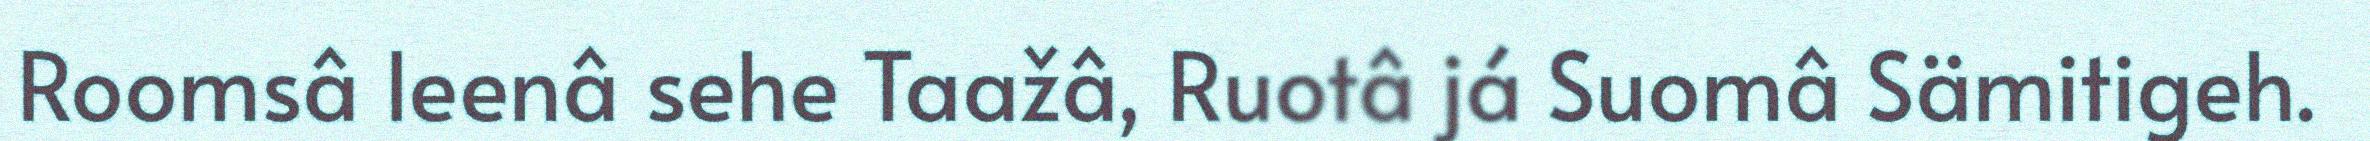
Roomsâ leenâ sehe Taažâ, Ruotâ já Suomâ Sämitigeh.